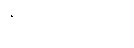
ဝိဟေဌေယျုံ